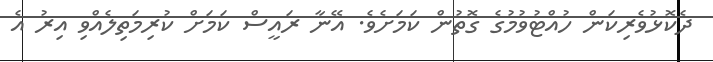
ދެކޮޅުވެރިކަން ހުއްޓުވުމުގެ ގޮތުން ކަމަށެވެ. އޭނާ ރައީސް ކަމަށް ކުރިމަތިލެއްވި އިރު އެ